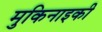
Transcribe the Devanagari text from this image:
मुकिनाइकी